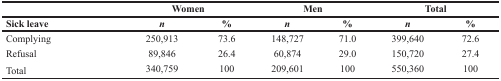
<table><thead><tr><td></td><td colspan="2"><b>Women</b></td><td colspan="2"><b>Men</b></td><td colspan="2"><b>Total</b></td></tr><tr><td><b>Sick leave</b></td><td><b><i>n</i></b></td><td><b>%</b></td><td><b><i>n</i></b></td><td><b>%</b></td><td><b><i>n</i></b></td><td><b>%</b></td></tr></thead><tbody><tr><td>Complying</td><td>250,913</td><td>73.6</td><td>148,727</td><td>71.0</td><td>399,640</td><td>72.6</td></tr><tr><td>Refusal</td><td>89,846</td><td>26.4</td><td>60,874</td><td>29.0</td><td>150,720</td><td>27.4</td></tr><tr><td>Total</td><td>340,759</td><td>100</td><td>209,601</td><td>100</td><td>550,360</td><td>100</td></tr></tbody></table>